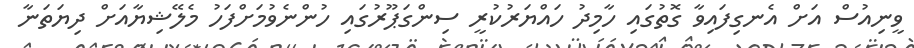
ވީނިއުސް އަށް އެނގިފައިވާ ގޮތުގައި ހާމިދު ހައްޔަރުކުރީ ސިންގަޕޫރުގައި ހުންނެވުމަށްފަހު މެލޭޝިޔާއަށް ދިޔަތަނާ